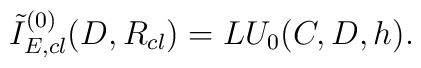
{\tilde I}^{(0)}_{E,cl}(D,R_{cl}) = LU_0(C,D,h).